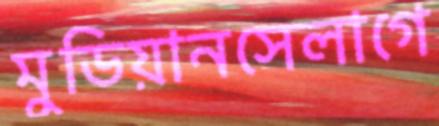
মুডিয়ানসেলাগে